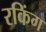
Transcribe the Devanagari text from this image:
रकिंग